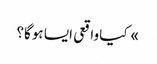
» کیا واقعی ایسا ہوگا؟